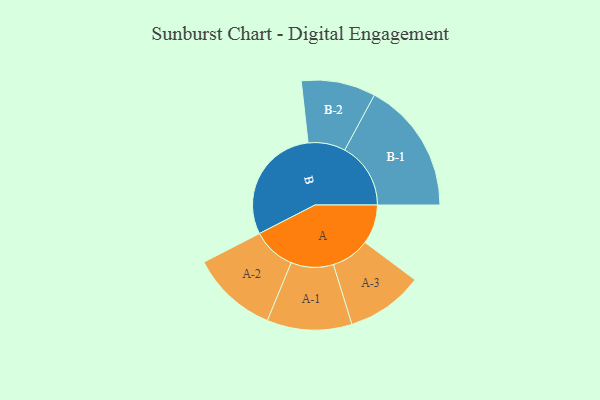
{"axis": {"x": "Segment", "y": "Value"}, "legend": ["", "A", "B"], "data": [{"x": "A", "y": 142, "type": ""}, {"x": "B", "y": 428, "type": ""}, {"x": "A-1", "y": 153, "type": "A"}, {"x": "A-2", "y": 156, "type": "A"}, {"x": "A-3", "y": 139, "type": "A"}, {"x": "B-1", "y": 238, "type": "B"}, {"x": "B-2", "y": 134, "type": "B"}]}